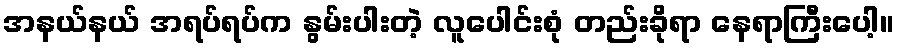
အနယ်နယ် အရပ်ရပ်က နွမ်းပါးတဲ့ လူပေါင်းစုံ တည်းခိုရာ နေရာကြီးပေါ့။